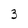
Character: 3